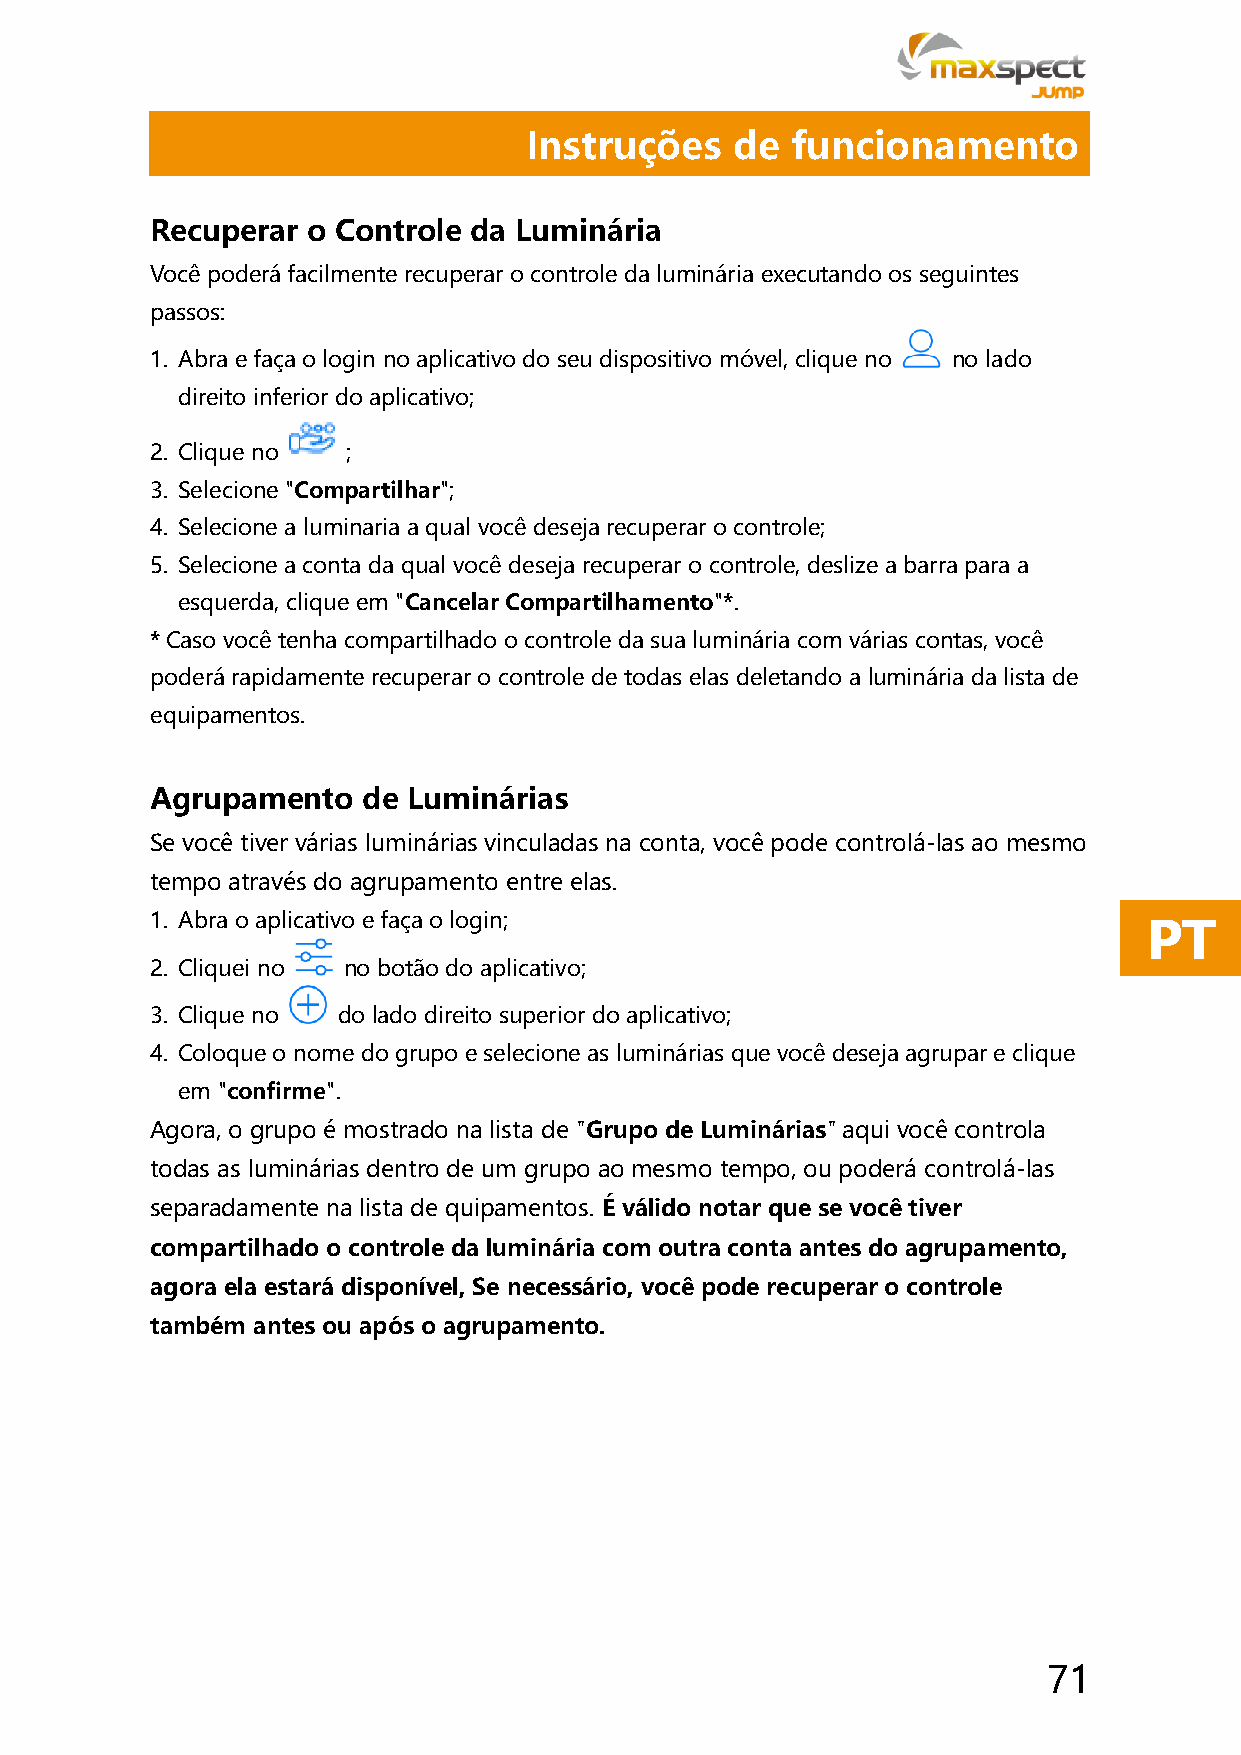
Instruções    de funcionamento
 Recuperar o Controle da Luminária
 Você poderá facilmente recuperar o controle da luminária executando os seguintes
 passos:
 1. Abra e faça o login no aplicativo do seu dispositivo móvel, clique no no lado
 direito inferior do aplicativo;
 2. Clique no ;
 3. Selecione "Compartilhar";
 4. Selecione a luminaria a qual você deseja recuperar o controle;
 5. Selecione a conta da qual você deseja recuperar o controle, deslize a barra para a
 esquerda, clique em "Cancelar Compartilhamento"*.
 * Caso você tenha compartilhado o controle da sua luminária com várias contas, você
 poderá rapidamente recuperar o controle de todas elas deletando a luminária da lista de
 equipamentos.
 Agrupamento   de Luminárias
 Se você tiver várias luminárias vinculadas na conta, você pode controlá-las ao mesmo
 tempo através do agrupamento entre elas.
 1. Abra o aplicativo e faça o login;                              PT
 2. Cliquei no no botão do aplicativo;
 3. Clique no do lado direito superior do aplicativo;
 4. Coloque o nome do grupo e selecione as luminárias que você deseja agrupar e clique
 em "confirme".
 Agora, o grupo é mostrado na lista de "Grupo de Luminárias" aqui você controla
 todas as luminárias dentro de um grupo ao mesmo tempo, ou poderá controlá-las
 separadamente na lista de quipamentos. É válido notar que se você tiver
 compartilhado o controle da luminária com outra conta antes do agrupamento,
 agora ela estará disponível, Se necessário, você pode recuperar o controle
 também antes ou após o agrupamento.
 71